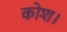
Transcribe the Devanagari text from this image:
कोश।